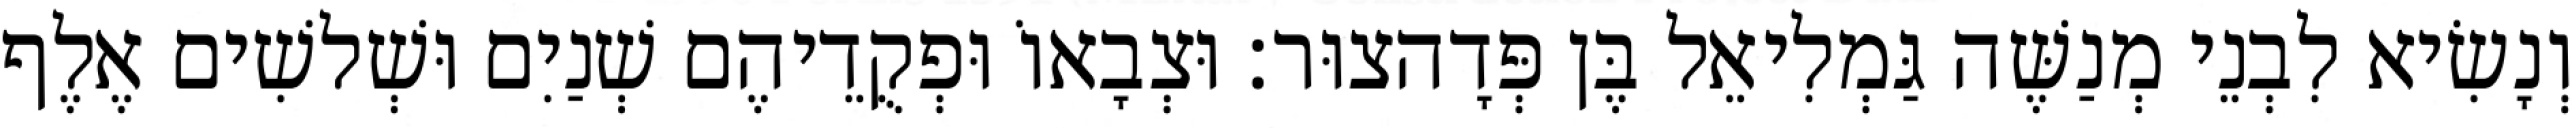
וְנָשִׂיא לִבְנֵי מְנַשֶּׁה גַּמְלִיאֵל בֶּן פְּדָהצוּר׃ וּצְבָאוֹ וּפְקֻדֵיהֶם שְׁנַיִם וּשְׁלשִׁים אֶלֶף